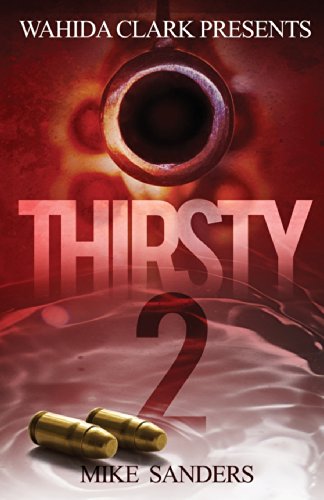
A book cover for Thirsty II (Wahida Clark Presents Publishing); Mike Sanders; Romance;